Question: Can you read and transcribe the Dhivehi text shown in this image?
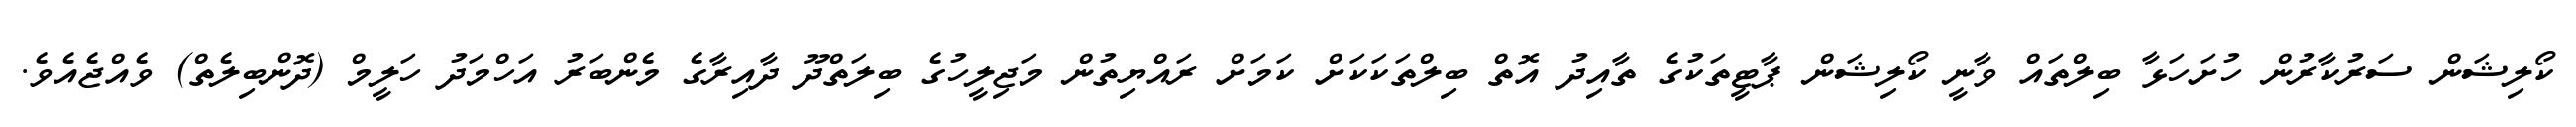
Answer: ކޯލިޝަން ސަރުކާރުން ހުށަހަޅާ ބިލްތައް ވާނީ ކޯލިޝަން ޕާޓީތަކުގެ ތާއިދު އޮތް ބިލްތަކަކަށް ކަމަށް ރައްޔިތުން މަޖިލީހުގެ ބިލަތްދޫ ދާއިރާގެ މެންބަރު އަހްމަދު ހަލީމް (ދޮންބިލެތް) ވެއްޖެއެވެ.